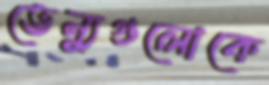
ভেন্যুগুলোকে